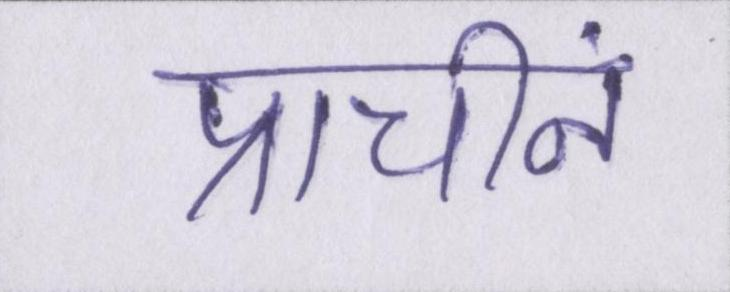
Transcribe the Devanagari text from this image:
प्राचीनं